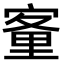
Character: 𡪂